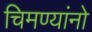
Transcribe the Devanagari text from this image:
चिमण्यांनो